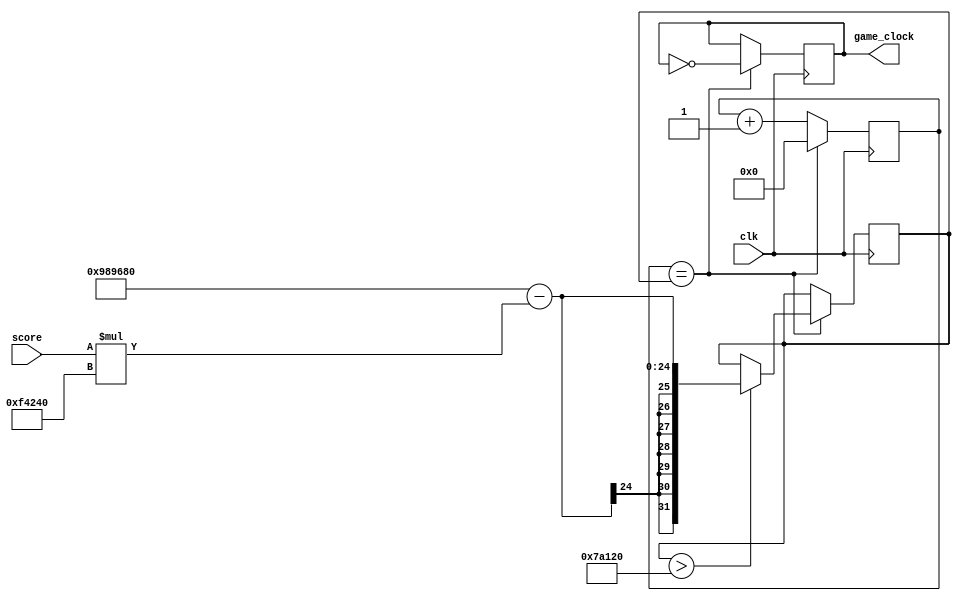
`timescale 1ns / 1ps

module game_clk (clk, game_clock, score);
	 
	 input clk;
	 input score;
	 output reg game_clock = 0;
	 
	 integer speed = 10000000;
	 reg [24:0] count = 25'd0;
	 
always @ (posedge clk)
begin
	if (count == speed) 
		begin
			game_clock <= ~game_clock;
			count <= 25'd0;
			if (speed > 500000) speed <= 10000000 - (score)*1000000;
		end
	else
		begin
			count <= count + 25'd1;
		end
end

endmodule